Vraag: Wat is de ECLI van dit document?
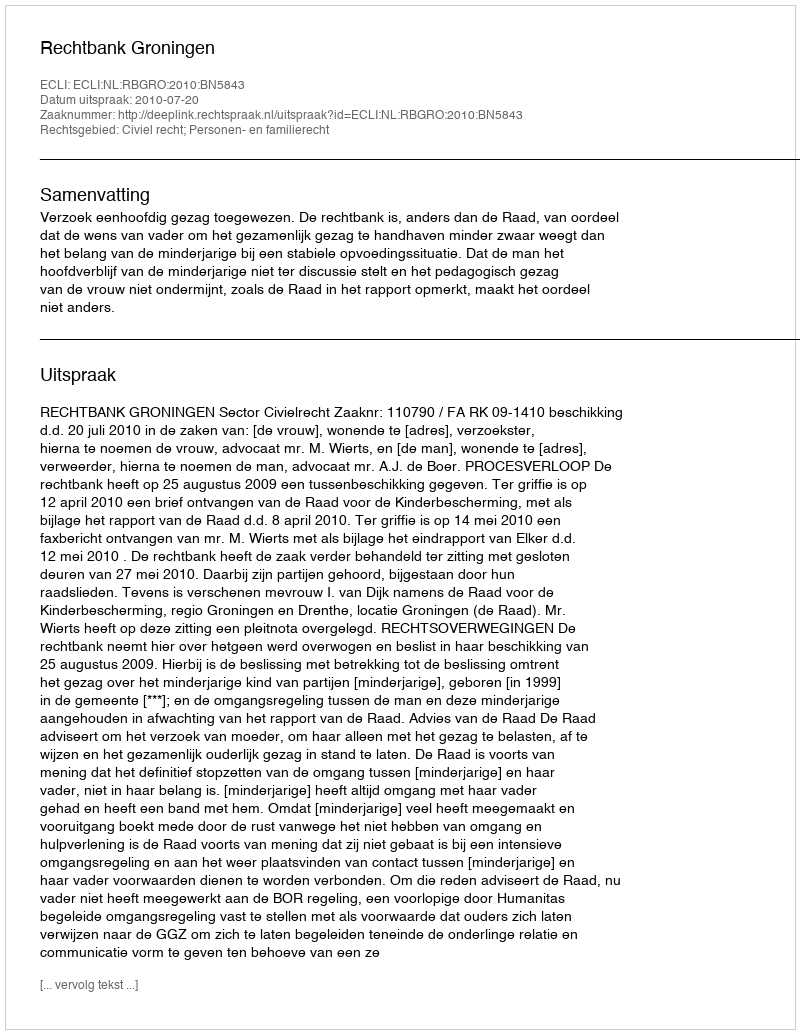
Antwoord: ECLI:NL:RBGRO:2010:BN5843